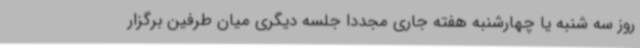
روز سه شنبه یا چهارشنبه هفته جاری مجددا جلسه دیگری میان طرفین برگزار